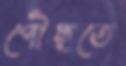
পৌঁছতে